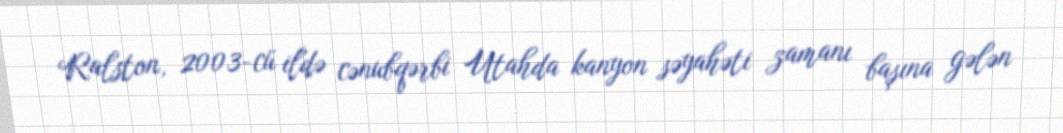
Ralston, 2003-cü ildə cənubqərbi Utahda kanyon səyahəti zamanı başına gələn